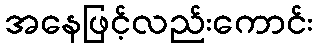
အနေဖြင့်လည်းကောင်း